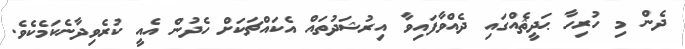
ދެން މި ހުރިހާ ޙަދީޘެއްގައި ދެއްވާފައިވާ އިރުޝަދުތައް އެކައްޗަކަށް ހެދުން އެއީ ކުރެވިދާނެކަމެކެވެ.